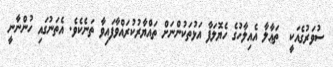
ސުވަރުގެއަކީ  ތަޢާލާ އެއިލާހުގެ ހެޔޮލަފާ އަޅުތަކުންނަށް ތައްޔާރުކުރައްވާފައިވާ ތަނެކެވެ. އެތަނުގައި ހުންނާނީ